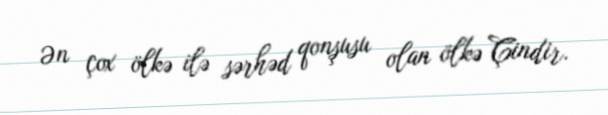
Ən çox ölkə ilə sərhəd qonşusu olan ölkə Çindir.